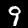
Label: 9